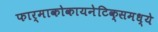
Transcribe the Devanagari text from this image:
फार्माकोकायनेटिक्समध्ये